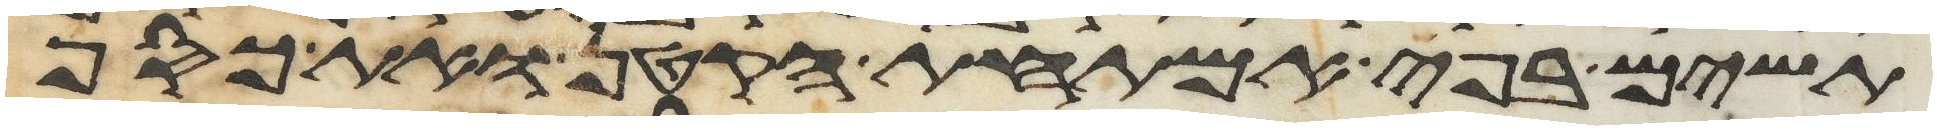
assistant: תשים בפי אמתחת הקטן ואת כסף